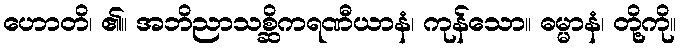
ဟောတိ၊ ၏။ အဘိညာသစ္ဆိကရဏီယာနံ၊ ကုန်သော။ ဓမ္မာနံ၊ တို့ကို။